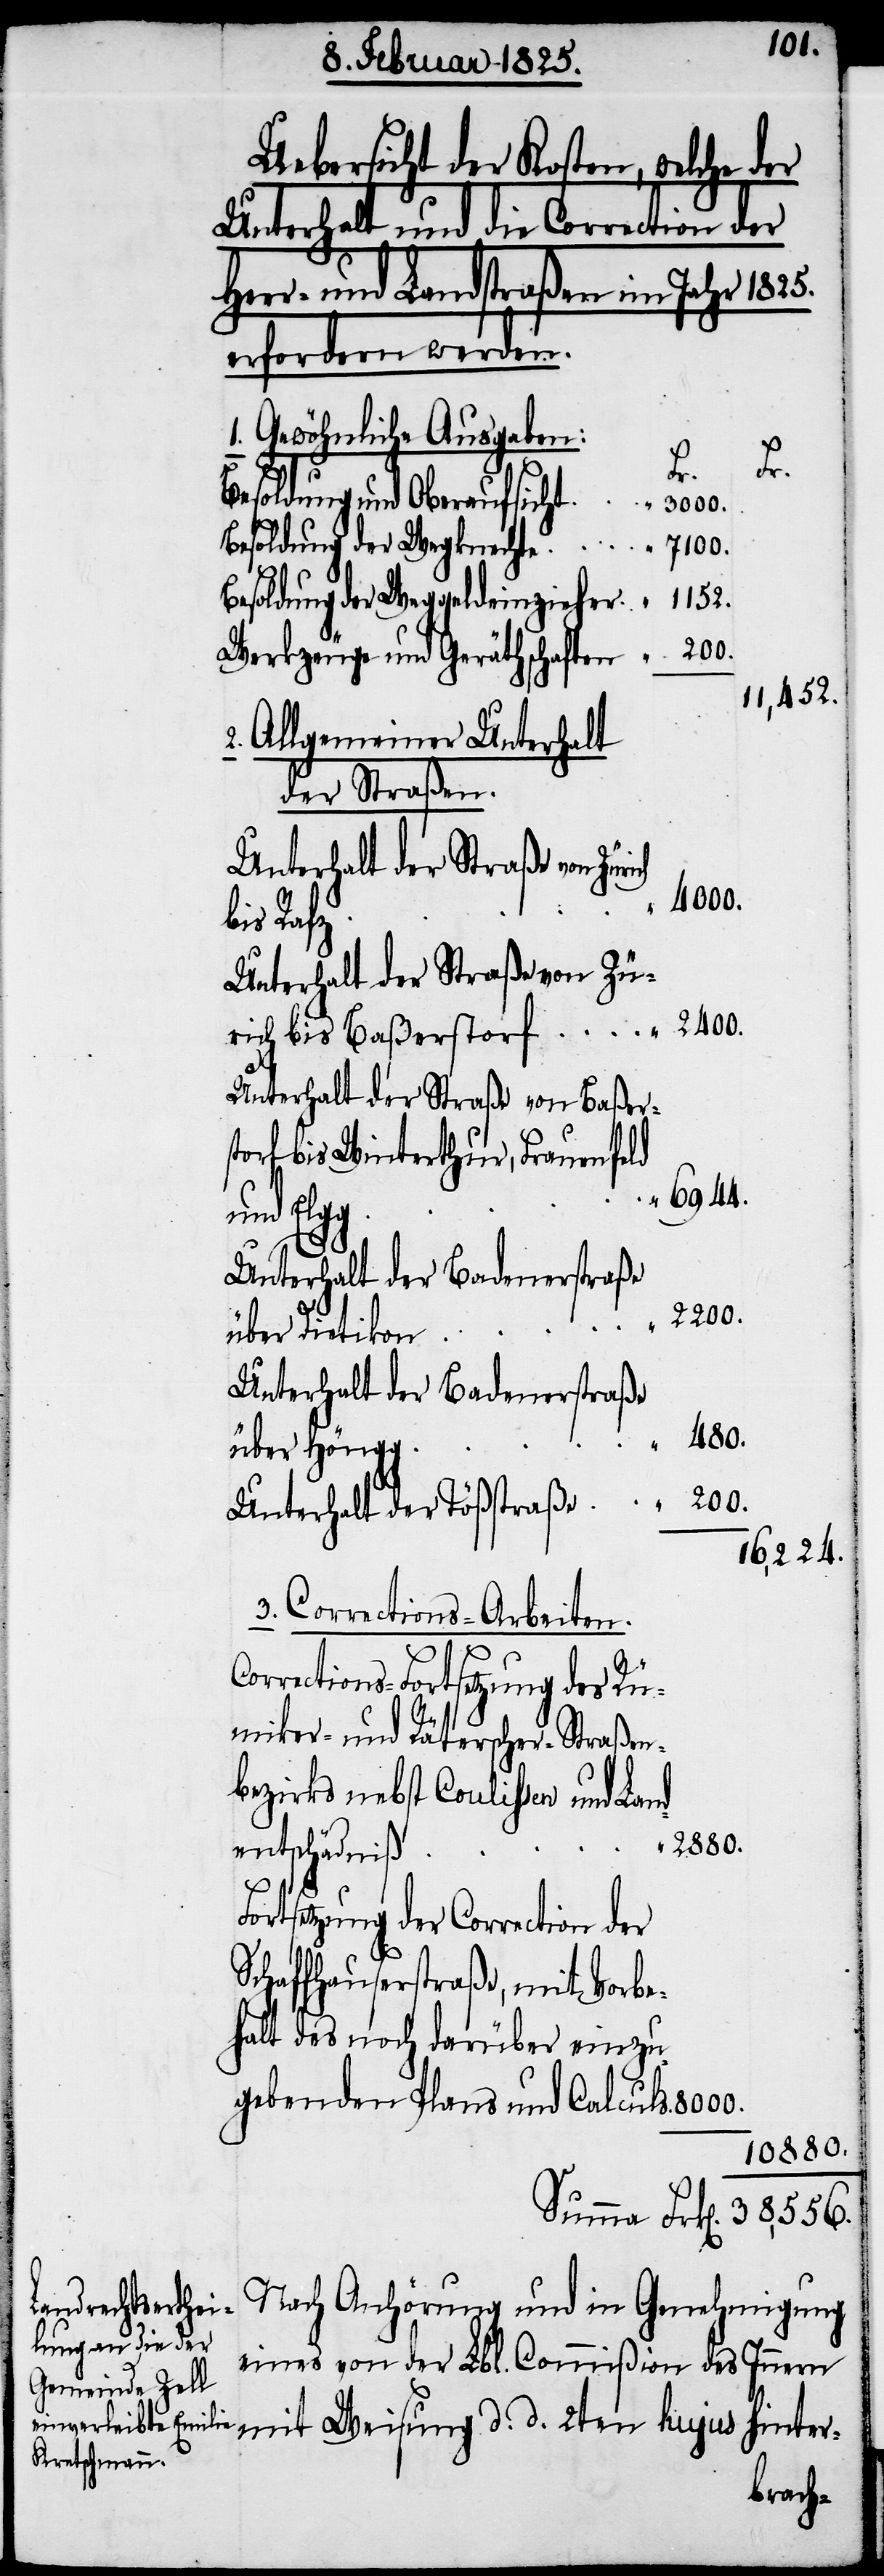
Uebersicht der Kosten, welche der
Unterhalt und die Correction der
ch
Heer- und Landstraßen im Jahr 1825.
erfordern werden.
1. Gewöhnliche Ausgaben:
st¬
orf
Besoldung und Oberaufsicht
8000.
Besoldung der Wegknechte
7100.
1152.
Besoldung der Weggeldeinzieher
Werkzeuge und Geräthschaften
11,452.
2. Allgemeiner Unterhalt
der Straßen.
Unterhalt der Straße von Züri¬
2400.
bis Baßer¬
Unterhalt der Straße von Zü¬
Unterhalt der Straße von Baßers¬
torf bis Winterthur, Frauenfeld
und Elgg
Unterhalt der Badenerstraße
2200.
über Dietikon
Unterhalt der Badenerstraße
480.
über Höngg
200.
Unterhalt der Tößstraße
16,224.
3. Corrections-Arbeiten.
Corrections-Fortsetzung des Rü¬
miker- und Räterscher-Straßen¬
bezirks nebst Coulissen und Lan¬
2880.
dentschädniß
Fortsetzung der Correction der
Schaffhauserstraße, mit Vorbe¬
halt des noch darüber einzu¬
gebenden Plans und Calculs
10880.
Nach Anhörung und in Genehmigung
eines von der Lbl. Commißion des Innern
mit Weisung d. d. 2ten hujus hinter-